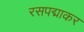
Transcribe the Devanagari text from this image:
रसपद्माकर